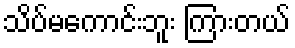
သိပ်မကောင်းဘူး ကြားတယ်